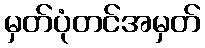
မှတ်ပုံတင်အမှတ်